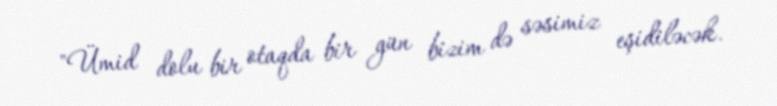
"Ümid dolu bir otaqda bir gün bizim də səsimiz eşidiləcək.